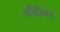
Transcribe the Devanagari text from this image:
अनिस्चित